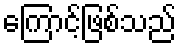
ကြောင့်ဖြစ်သည်